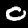
Digit: 0